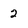
Character: 2